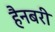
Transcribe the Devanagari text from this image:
हैनबरी